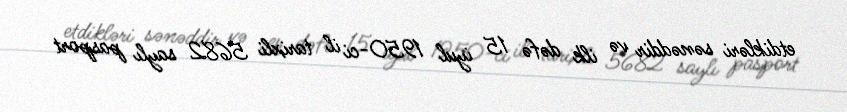
etdikləri sənəddir və ilk dəfə 15 iyul 1950-ci il tarixli 5682 saylı pasport